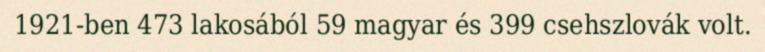
1921-ben 473 lakosából 59 magyar és 399 csehszlovák volt.